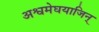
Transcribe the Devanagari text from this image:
अश्वमेघयाजिन्